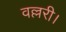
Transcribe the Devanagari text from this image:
वल्लरी।